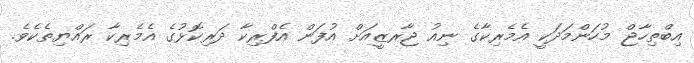
އިބްތިހާޖް މުހަންމަދަކީ އެމެރިކާގެ ނިއު ޖާރޒީއަށް އުފަން އެފްރިކާ ދަރިކޮޅުގެ އެމެރިކާ ރައްޔިތެކެވެ.